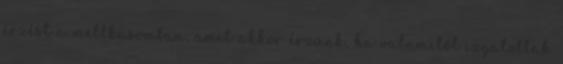
érzést a mellkasomban, amit akkor érzünk, ha valamitől izgatottak